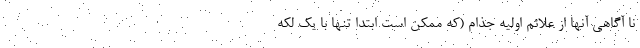
نا آگاهی آنها از علائم اولیه جذام (که ممکن است ابتدا تنها با یک لکه